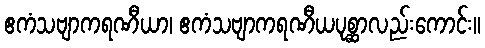
ဧကံသဗျာကရဏီယာ၊ ဧကံသဗျာကရဏီယပုစ္ဆာလည်းကောင်း။